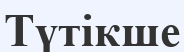
Түтікше